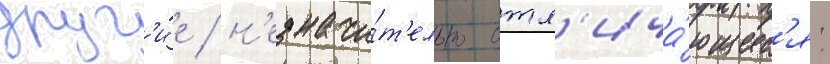
друг'и́е / н'езначи́т'ельно отл'ича́ющиес'я: